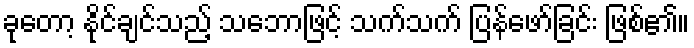
ခုတော့ နိုင်ချင်သည့် သဘောဖြင့် သက်သက် ပြန်ဖော်ခြင်း ဖြစ်၏။